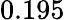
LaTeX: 0.195